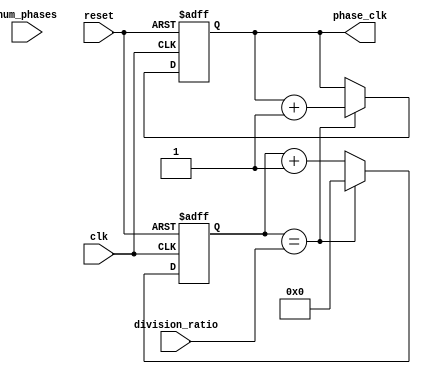
module multi_phase_clock_divider (
    input wire clk,
    input wire reset,
    input wire [7:0] num_phases,
    input wire [7:0] division_ratio,
    output reg [7:0] phase_clk
);

reg [7:0] phase_count;

always @ (posedge clk or posedge reset) begin
    if (reset) begin
        phase_count <= 8'd0;
        phase_clk <= 8'b0;
    end else begin
        if (phase_count == division_ratio) begin
            phase_clk <= phase_clk + 1;
            phase_count <= 8'd0;
        end else begin
            phase_count <= phase_count + 1;
        end
    end
end

endmodule